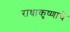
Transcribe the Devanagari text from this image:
राधाकृष्णाचे